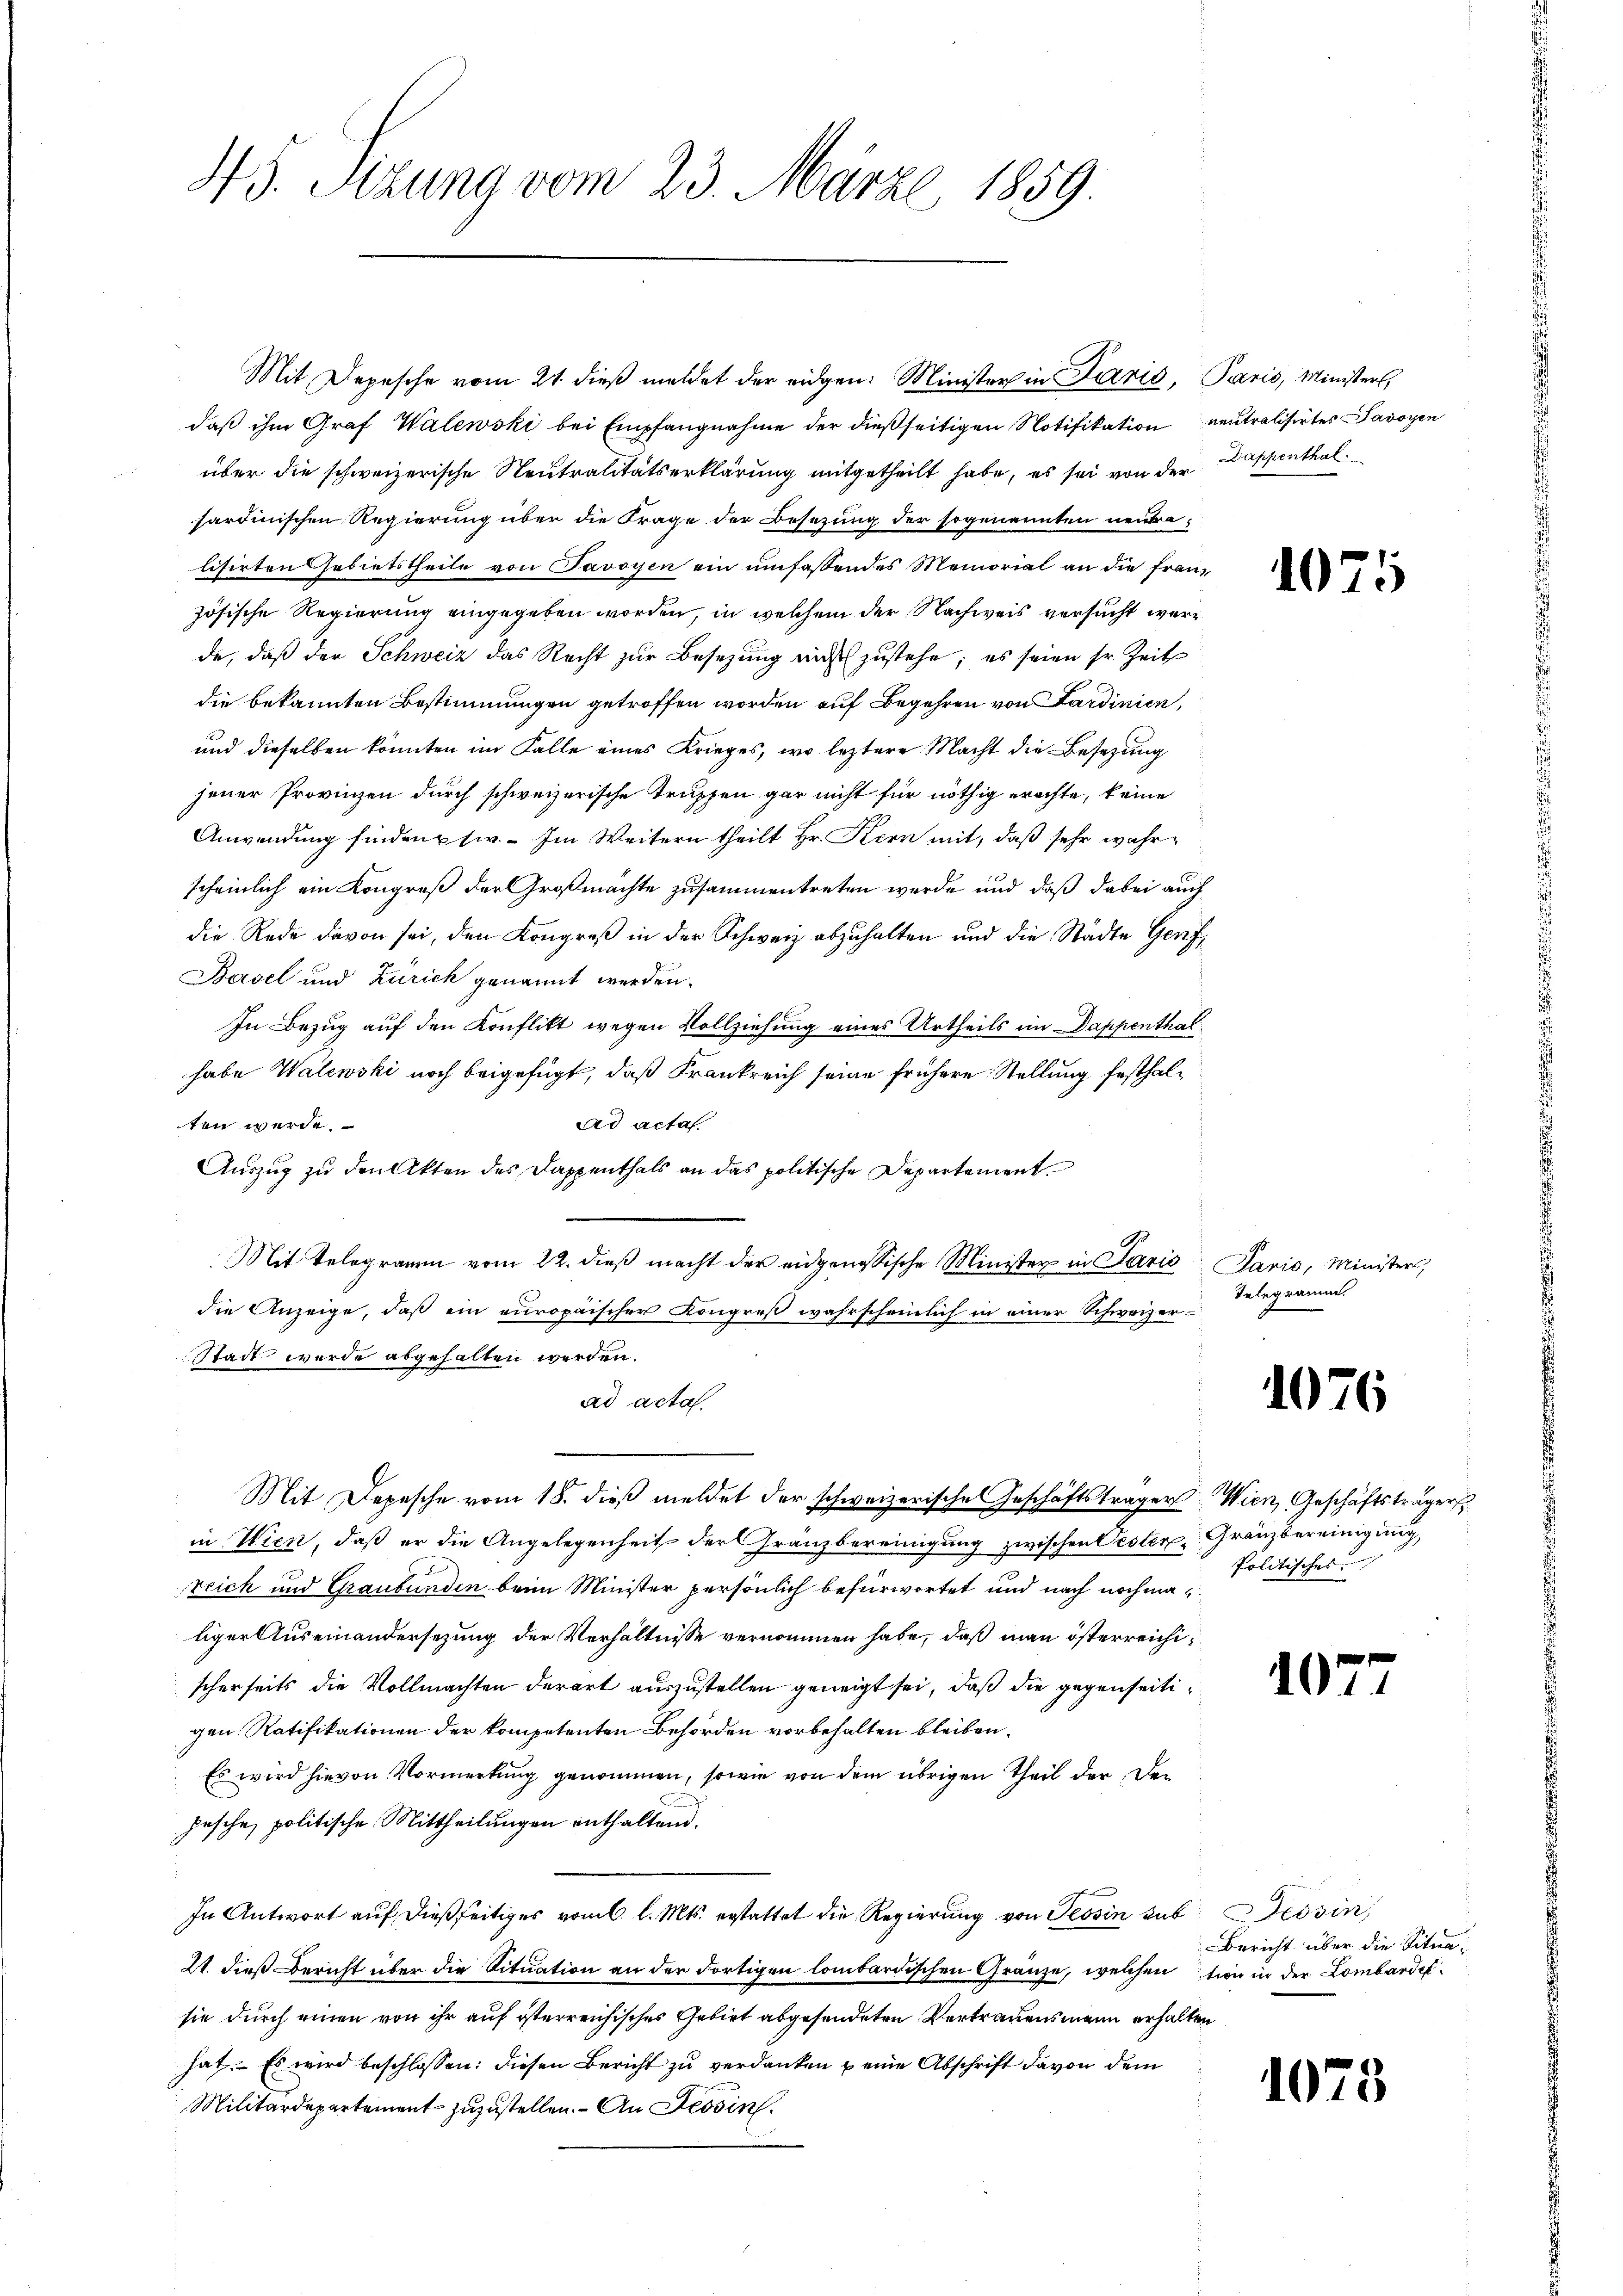
45. Sizung vom 23. März 1859.

Mit Depesche vom 21. dieß meldet der eidgen: Minister in Parić, Paris, Ministers,
daß ihm Graf Walewski bei Empfangnahme der dießseitigen Notifikation neutralisirtes Savoyen
über die schweizerische Neutralitätserklärung mitgetheilt habe, es sei von der Dappenthalsardinischen Regierung über die Frage der Besezung der sogenannten neutra
lisirten Gebietstheile von Javoyen ein umfassendes Memorial an die französische Regierung eingegeben worden, in welchem der Nachweis versucht werde, daβ der Schweiz das Recht zŭr Besetzŭng aŭf zŭstehe; es seien sr. Zeit
die bekannten Bestimmungen getroffen worden auf Begehren von Sardinien,
und dieselben könnten im Falle eines Krieges, wo leztere Macht die Besetzung
jener Provinzen durch schweizerische Truppen gar nicht für nöthig erachte, keine
Anwendung findenpsi. - Im Weitern theilt Hr. Kern mit, daß sehr wahrscheinlich ein Kongreß der Großmachte zusammentreten werde und daß dabei auch
die Rede davon sei, den Kongreß in der Schweiz abzuhalten und die Städte Genf,
Basel und Zürich genannt werden.
In Bezug auf den Konflikt wegen Vollziehung eines Urtheils im Dappenthal
habe Walewski noch beigefügt, daß Frankreich seine frühere Stellung festhalten werde.
ad actas.
Auszug zu den Akten des Dappenthals an das politische Departement
Mit Telegramm vom 22. dieß macht der eidgenössische Minister in Paris Paris, Ministers,
die Anzeige, daß ein europaischer Kongreß wahrscheinlich in einer Schweizer¬
Stadt wurde abgehalten werden.
ad acta.
Mit Depesche vom 18. dieß meldet der schweizerische Geschäftsträger Wien, Geschäftsträgers
in Wien, daß er die Angelegenheit der Gränzbereinigung zwischen Oester, Gränzbereinigung,
Teich und Graubünden beim Minister persönlich befürwortet und nach nochmaliger Auseinandersezung der Verhältnisse vernommen habe, daß man österreichischerseits die Vollmachten derart auszustellen geneigt sei, daß die gegenseitigen. Ratifikationen der kompetenten Behörden vorbehalten bleiben.
Es wird hievon Vormerkung genommen, sowie von dem übrigen Theil der der
jesche, politische Mittheilungen enthaltend.
In Antwort auf dießseitiges vom 6. l. Mts. erstattet die Regierung von Tessin sub. Tessin,
21. dieß Bericht über die Situation an der dortigen lombardischen Gränze, welchention in der Lombardisie durch einen von ihr auf österreichisches Gebiet abgesendeten Vertrauensmann erhalten
hat. Es wird beschlossen: diesen Bericht zu verdanken u eine Abschrift davon dem
Militärdepartement zuzustellen. – An Tessin.

10

Telegramm.

1076

Politisches

107

Bericht über die Situa¬

107.

1

.